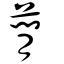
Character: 蕑